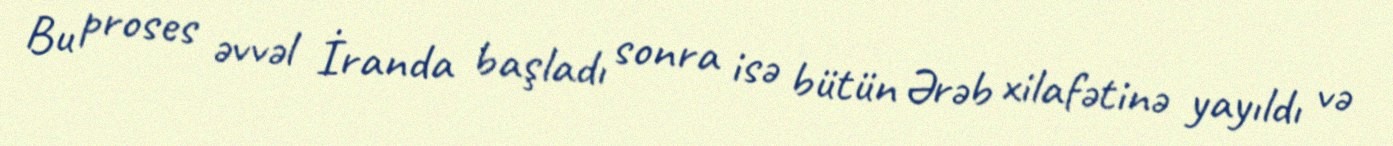
Bu proses əvvəl İranda başladı sonra isə bütün Ərəb xilafətinə yayıldı və